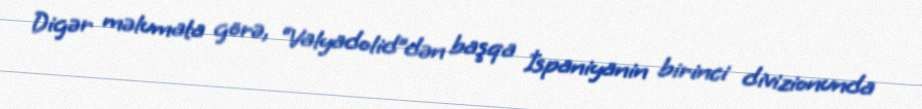
Digər məlumata görə, “Valyadolid”dən başqa İspaniyanin birinci divizionunda